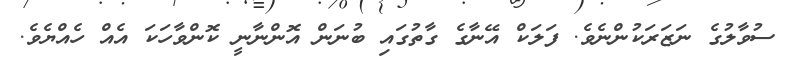
ސުވާލުގެ ނަޒަރަކުންނެވެ. ފަލަކް އޭނާގެ ގާތުގައި ބުނަން އޮންނާނީ ކޮންވާހަކަ އެއް ހެއްޔެވެ.